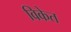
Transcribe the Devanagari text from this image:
विकेत